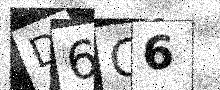
Text: D6G6